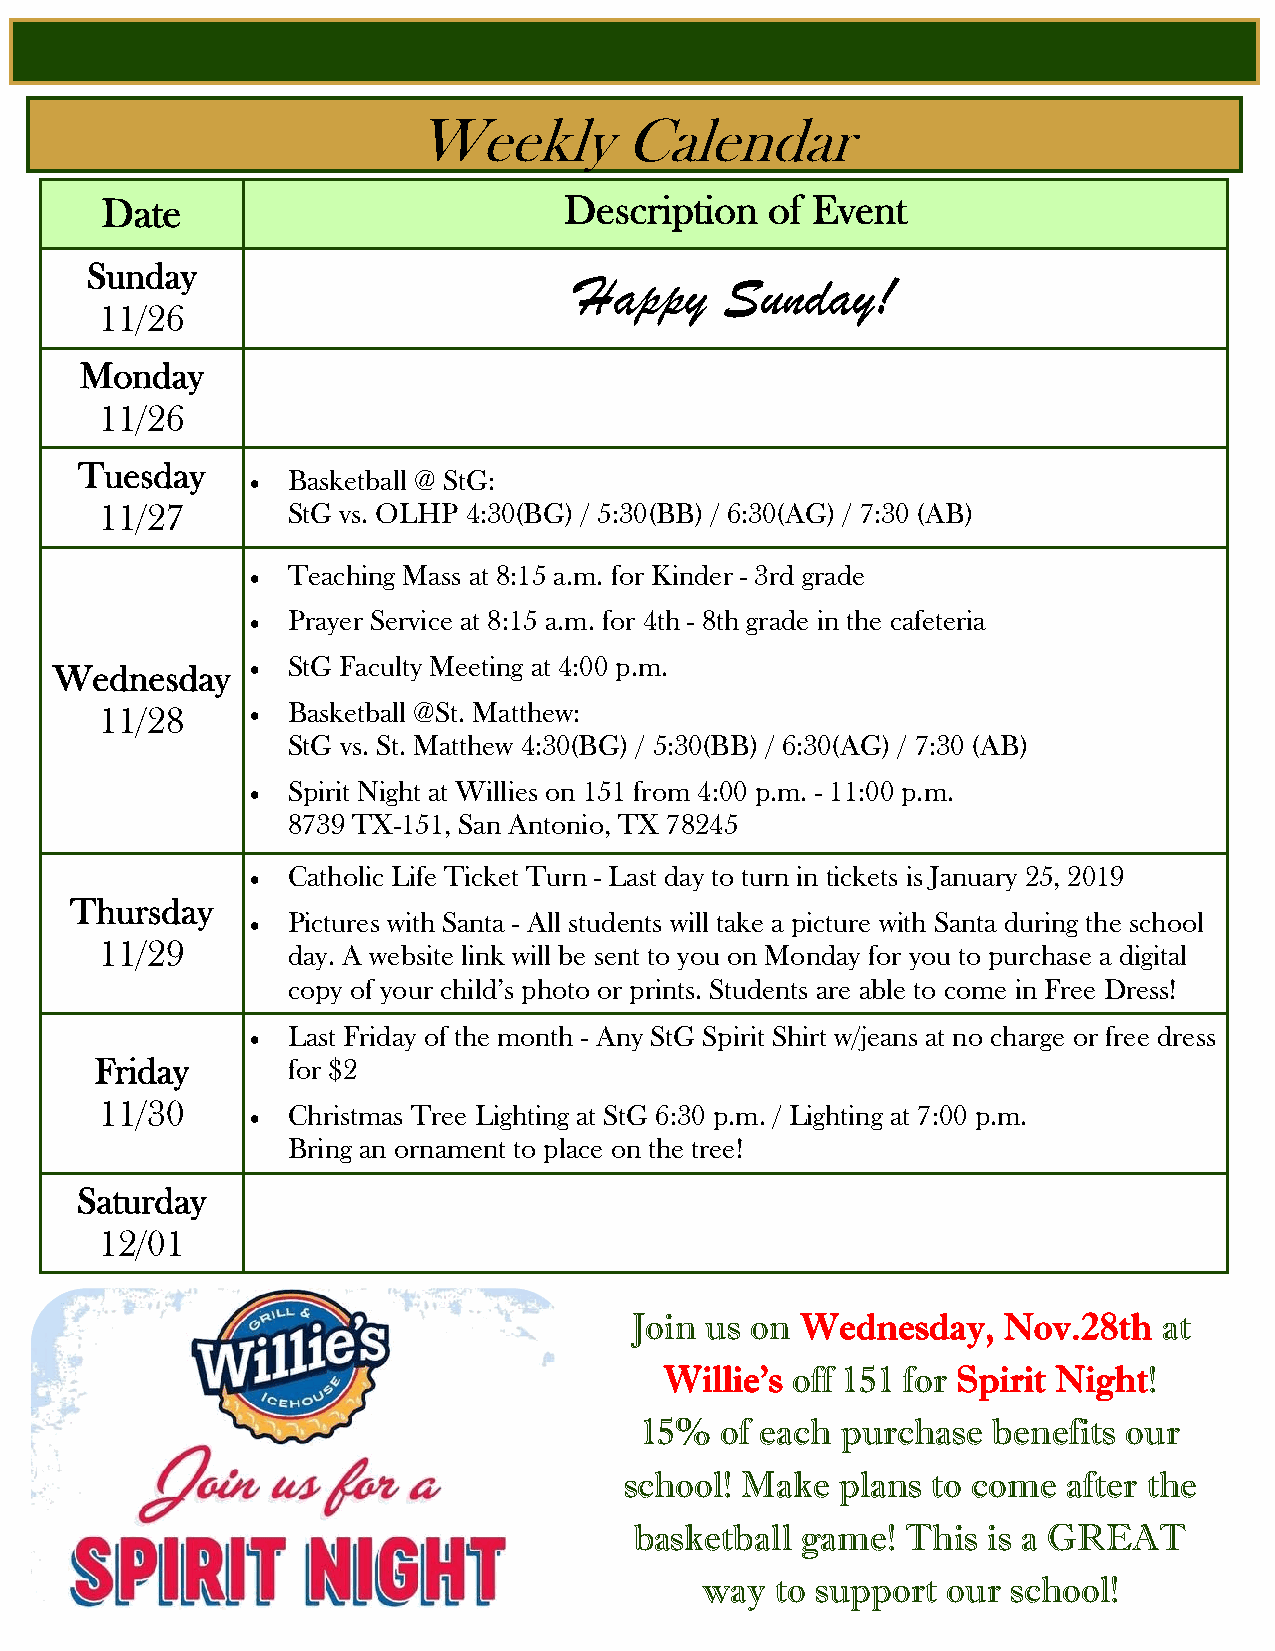
Weekly        Calendar
 Date                          Description   of Event
 Sunday
 Happy     Sunday!
 11/26
 Monday
 11/26
 Tuesday
  Basketball @ StG:
 11/27       StG vs. OLHP 4:30(BG) / 5:30(BB) / 6:30(AG) / 7:30 (AB)
  Teaching Mass at 8:15 a.m. for Kinder - 3rd grade
  Prayer Service at 8:15 a.m. for 4th - 8th grade in the cafeteria
 Wednesday     StG Faculty Meeting at 4:00 p.m.
 11/28      Basketball @St. Matthew:
 StG vs. St. Matthew 4:30(BG) / 5:30(BB) / 6:30(AG) / 7:30 (AB)
  Spirit Night at Willies on 151 from 4:00 p.m. - 11:00 p.m.
 8739 TX-151, San Antonio, TX 78245
  Catholic Life Ticket Turn - Last day to turn in tickets is January 25, 2019
 Thursday
  Pictures with Santa - All students will take a picture with Santa during the school
 11/29       day. A website link will be sent to you on Monday for you to purchase a digital
 copy of your child’s photo or prints. Students are able to come in Free Dress!
  Last Friday of the month - Any StG Spirit Shirt w/jeans at no charge or free dress
 Friday       f o r $2
 11/30      Christmas Tree Lighting at StG 6:30 p.m. / Lighting at 7:00 p.m.
 Bring an ornament to place on the tree!
 Saturday
 12/01
 Join us on Wednesday,   Nov.28th   at
 Willie’s off 151 for Spirit Night!
 15%   of each purchase  benefits our
 school! Make   plans to come  after the
 basketball game!  This is a GREAT
 way  to support  our school!